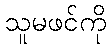
သူမဖင်ကို